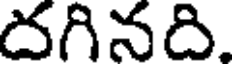
దగినది.